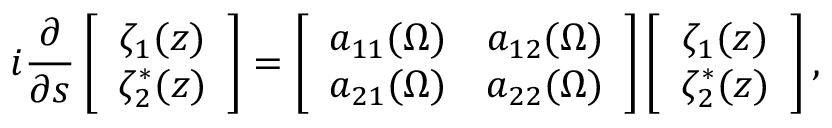
i \frac { \partial } { \partial s } \left[ \begin{array} { c } { \zeta _ { 1 } ( z ) } \\ { \zeta _ { 2 } ^ { \ast } ( z ) } \end{array} \right] = \left[ \begin{array} { c c } { a _ { 1 1 } ( \Omega ) } & { a _ { 1 2 } ( \Omega ) } \\ { a _ { 2 1 } ( \Omega ) } & { a _ { 2 2 } ( \Omega ) } \end{array} \right] \left[ \begin{array} { c } { \zeta _ { 1 } ( z ) } \\ { \zeta _ { 2 } ^ { \ast } ( z ) } \end{array} \right] ,